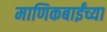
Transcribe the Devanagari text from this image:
माणिकबाईंच्या